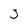
Character: 3